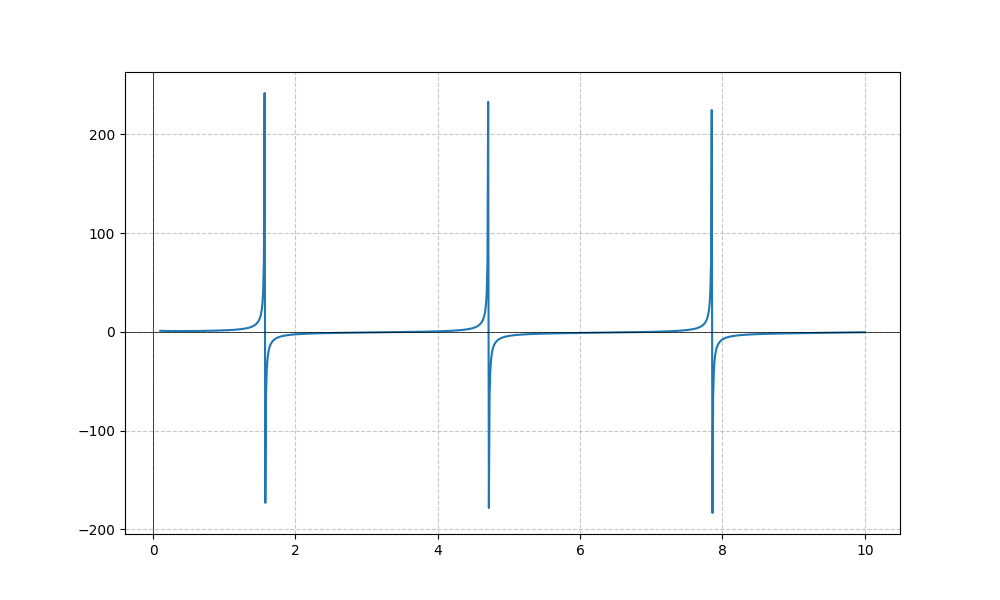
LaTeX formula: - \frac{\log{\left(x \right)}}{\log{\left(10 \right)}} + \tan{\left(x \right)}